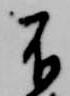
不